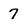
Character: 7